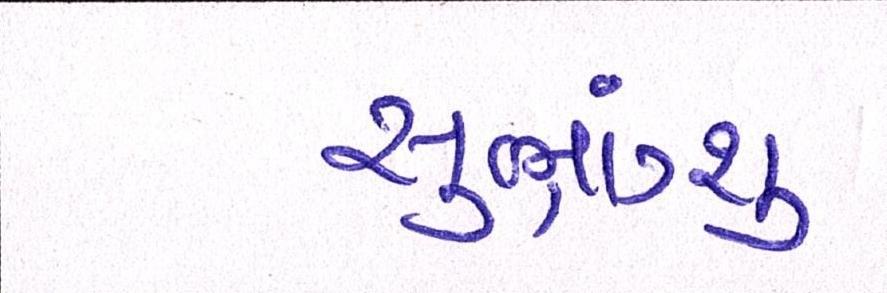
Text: સુભ્રાંગ્શુ